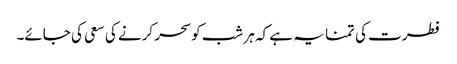
فطرت کی تمنا یہ ہے کہ ہر شب کو سحر کرنے کی سعی کی جائے۔